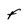
Character: F